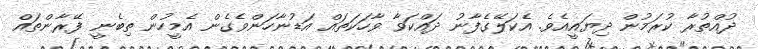
ދުއްތުރާ ކުރަމުން ދިޔައީއެވެ. އެކަލޭގެފާނު ދައްކަވާ ވާހަކަތައް އަޑުނާހަންވެގެން އެމީހުން ތިބެނީ ފޭރާންތައް